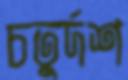
চতুর্দশ